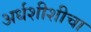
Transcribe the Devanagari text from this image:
अर्धशीशीचा